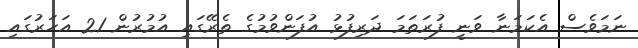
ނަމަވެސް އެކަމަނާ ވަނީ ފުރަތަމަ ދަރިފުޅު އުފަންވުމުގެ ތެރޭގައި އުމުރުން 21 އަހަރުގައި